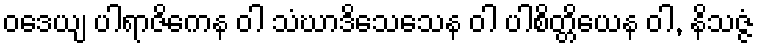
ဝဒေယျ ပါရာဇိကေန ဝါ သံဃာဒိသေသေန ဝါ ပါစိတ္တိယေန ဝါ, နိသဇ္ဇံ